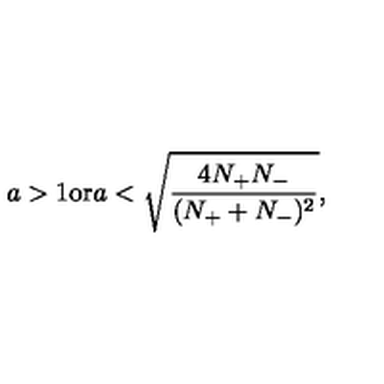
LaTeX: a > 1 \mathrm { o r } a < \sqrt { \frac { 4 N _ { + } N _ { - } } { ( N _ { + } + N _ { - } ) ^ { 2 } } } ,